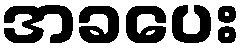
အခပေး